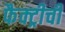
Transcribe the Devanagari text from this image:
फैक्ट्रीची